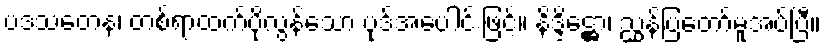
ပဒသတေန၊ တစ်ရာထက်ပိုလွန်သော ပုဒ်အပေါင်းဖြင့်။ နိဒ္ဒိဋ္ဌော၊ ညွှန်ပြတော်မူအပ်ပြီ။